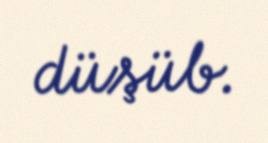
düşüb.